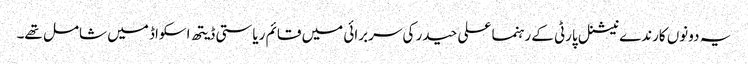
یہ دونوں کارندے نیشنل پارٹی کے رہنما علی حیدر کی سربرائی میں قائم ریاستی ڈیتھ اسکواڈ میں شامل تھے۔